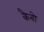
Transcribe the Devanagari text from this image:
कैबो